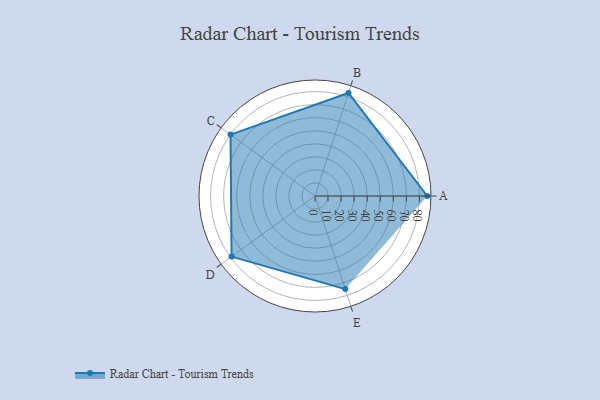
{"axis": {"x": "Skill", "y": "Score"}, "legend": ["Profile"], "data": [{"x": "A", "y": 86.0, "type": "Profile"}, {"x": "B", "y": 83.0, "type": "Profile"}, {"x": "C", "y": 80.0, "type": "Profile"}, {"x": "D", "y": 79.0, "type": "Profile"}, {"x": "E", "y": 75.0, "type": "Profile"}]}